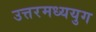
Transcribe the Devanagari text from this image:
उत्तरमध्ययुग